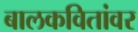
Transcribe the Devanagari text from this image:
बालकवितांवर